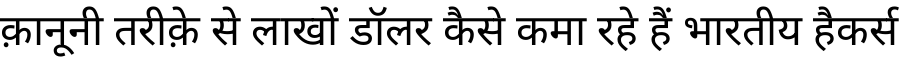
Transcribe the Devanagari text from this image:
क़ानूनी तरीक़े से लाखों डॉलर कैसे कमा रहे हैं भारतीय हैकर्स